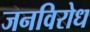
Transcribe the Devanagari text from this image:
जनविरोध